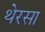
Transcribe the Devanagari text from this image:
थेरसा